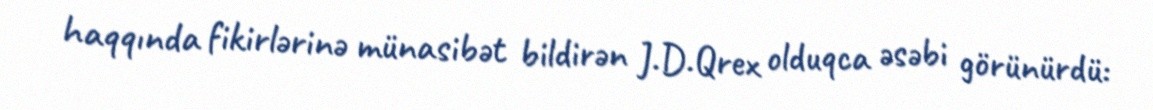
haqqında fikirlərinə münasibət bildirən J.D.Qrex olduqca əsəbi görünürdü: